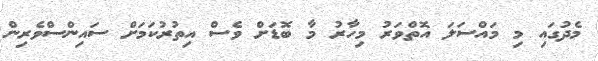
މެދުގައި މި މައްސަލަ އޮތްވަރު މިހާރު މާ ބޮޑަށް ވެސް އިތުރުކަމަށް ސައިންސްވެރިން